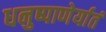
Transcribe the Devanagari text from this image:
धनुष्पाणेर्यातं